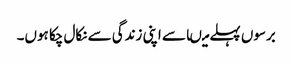
برسوں پہلے میںاسے اپنی زندگی سے نکال چکا ہوں۔